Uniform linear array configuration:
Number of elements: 16
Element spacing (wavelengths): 0.75
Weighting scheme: hann
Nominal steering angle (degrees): -15
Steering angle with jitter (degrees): -16.923
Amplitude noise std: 0.05
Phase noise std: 0.05

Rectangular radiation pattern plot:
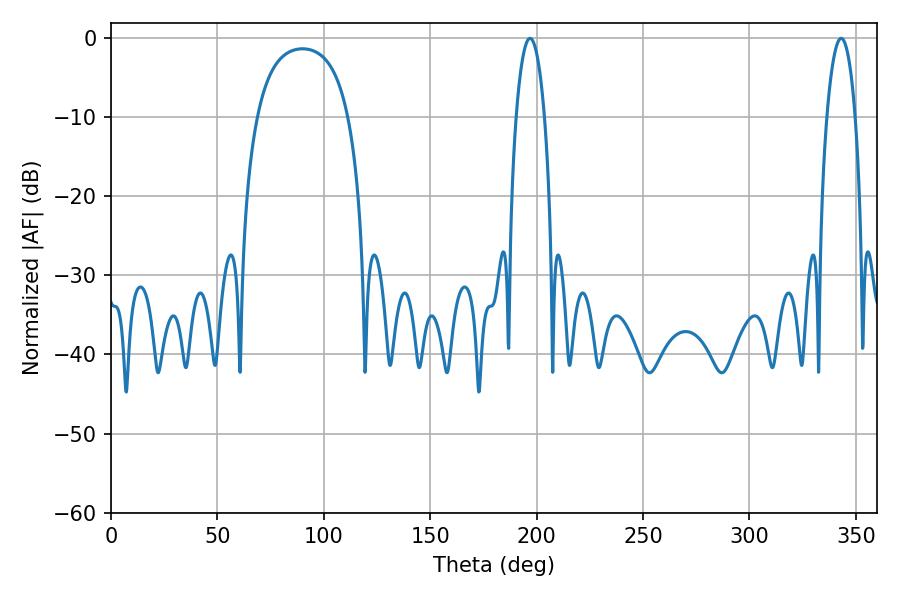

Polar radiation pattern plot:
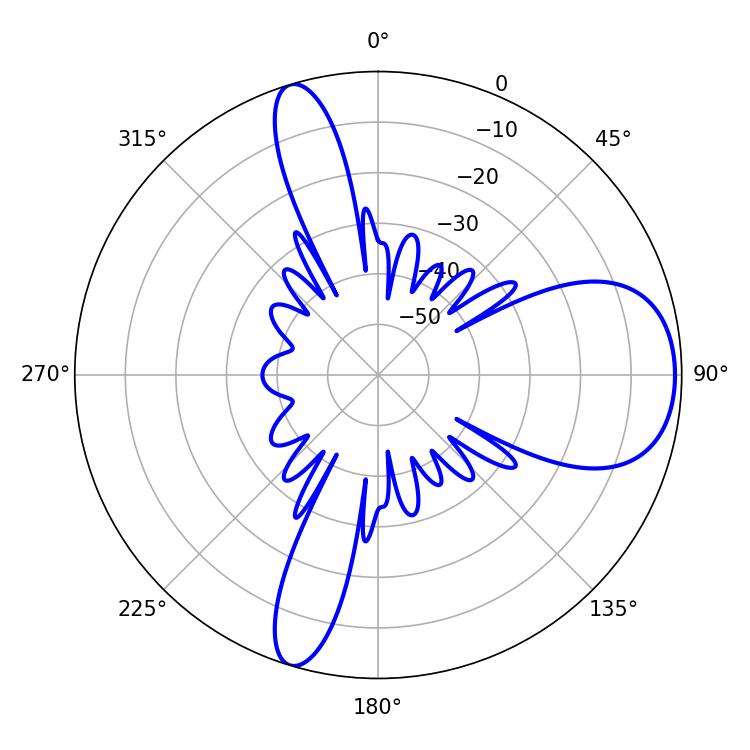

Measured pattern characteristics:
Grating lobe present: TRUE
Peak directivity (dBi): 8.41
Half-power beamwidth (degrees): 7.56
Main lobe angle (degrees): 343.08